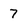
Character: 7